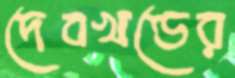
দেবখণ্ডের